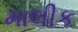
માલીક